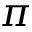
\pi